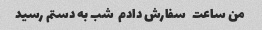
من ساعت   سفارش دادم  شب به دستم رسید